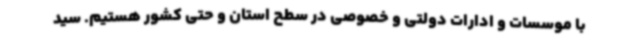
با موسسات و ادارات دولتی و خصوصی در سطح استان و حتی کشور هستیم. سید